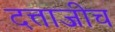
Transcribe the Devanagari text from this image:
दत्ताजीच